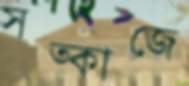
সত্কাজে